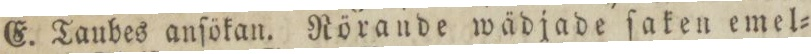
E. Taubes anſökan. Nörande wädjade ſaken emel=